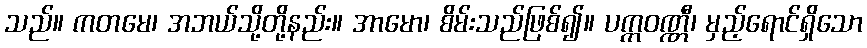
သည်။ ကတမေ၊ အဘယ်သို့တို့နည်း။ အာမော၊ စိမ်းသည်ဖြစ်၍။ ပက္ကဝဏ္ဏီ၊ မှည့်ရောင်ရှိသော